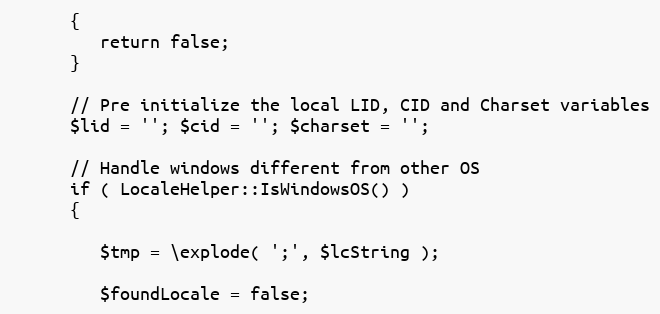
Language: PHP
      {
         return false;
      }

      // Pre initialize the local LID, CID and Charset variables
      $lid = ''; $cid = ''; $charset = '';

      // Handle windows different from other OS
      if ( LocaleHelper::IsWindowsOS() )
      {

         $tmp = \explode( ';', $lcString );

         $foundLocale = false;